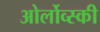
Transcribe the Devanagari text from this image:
ओर्लोव्स्की